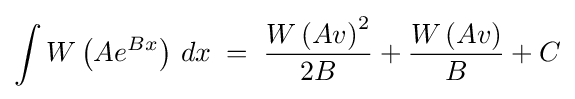
\int W\left(Ae^{Bx}\right)\,dx\;=\;{\frac {W\left(Av\right)^{2}}{2B}}+{\frac {W\left(Av\right)}{B}}+C